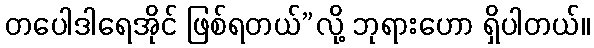
တပေါဒါရေအိုင် ဖြစ်ရတယ်”လို့ ဘုရားဟော ရှိပါတယ်။